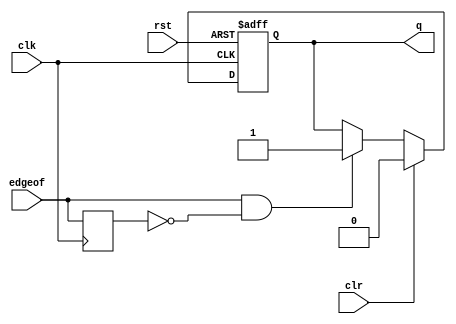
/*  This file is part of JTFRAME.
    JTFRAME program is free software: you can redistribute it and/or modify
    it under the terms of the GNU General Public License as published by
    the Free Software Foundation, either version 3 of the License, or
    (at your option) any later version.

    JTFRAME program is distributed in the hope that it will be useful,
    but WITHOUT ANY WARRANTY; without even the implied warranty of
    MERCHANTABILITY or FITNESS FOR A PARTICULAR PURPOSE.  See the
    GNU General Public License for more details.

    You should have received a copy of the GNU General Public License
    along with JTFRAME.  If not, see <http://www.gnu.org/licenses/>.

    Author: Jose Tejada Gomez. Twitter: @topapate
    Version: 1.0
    Date: 17-12-2022 */

module jtframe_edge #(parameter
    QSET=1    // q value when set
)(
    input       rst,
    input       clk,
    input       edgeof,
    input       clr,
    output reg  q
);

    reg edge_l=0;

    always @(posedge clk) begin
        edge_l <= edgeof;
    end

    always @(posedge clk,posedge rst) begin
        if( rst ) begin
            q <= ~QSET[0];
        end else begin
            if( clr )
                q <= ~QSET[0];
            else if( edgeof & ~edge_l ) q <= QSET[0];
        end
    end

endmodule

//////////////////////////////////////////

module jtframe_edge_pulse #(parameter
    INVERT=0,
    NEGEDGE=0
)(
    input       rst,
    input       clk,
    input       cen,
    input       sigin,
    output reg  pulse
);

    reg sigin_l;

    always @(posedge clk,posedge rst) begin
        if( rst ) begin
            pulse <= INVERT[0];
            sigin_l <= 0;
        end else if(cen) begin
            sigin_l <= sigin;
            pulse <= (NEGEDGE==1 ? ~sigin & sigin_l : sigin & ~sigin_l)^INVERT[0];
        end
    end

endmodule